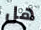
هل